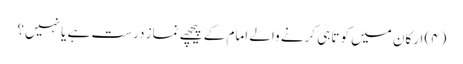
(۴) ارکان میں کوتاہی کرنے والے امام کے پیچھے نماز درست ہے یا نہیں؟